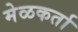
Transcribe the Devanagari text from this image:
मेळकर्ता